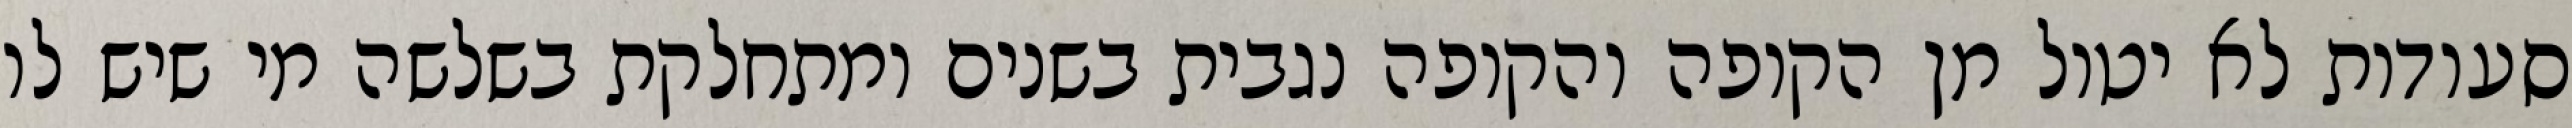
סעודות לא יטול מן הקופה והקופה נגבית בשנים ומתחלקת בשלשה מי שיש לו